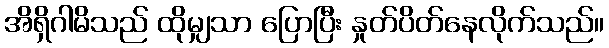
အိရှိဂါမိသည် ထိုမျှသာ ပြောပြီး နှုတ်ပိတ်နေလိုက်သည်။